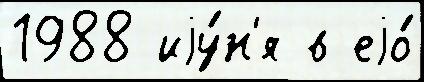
1988 иjу́н'я в еjо́